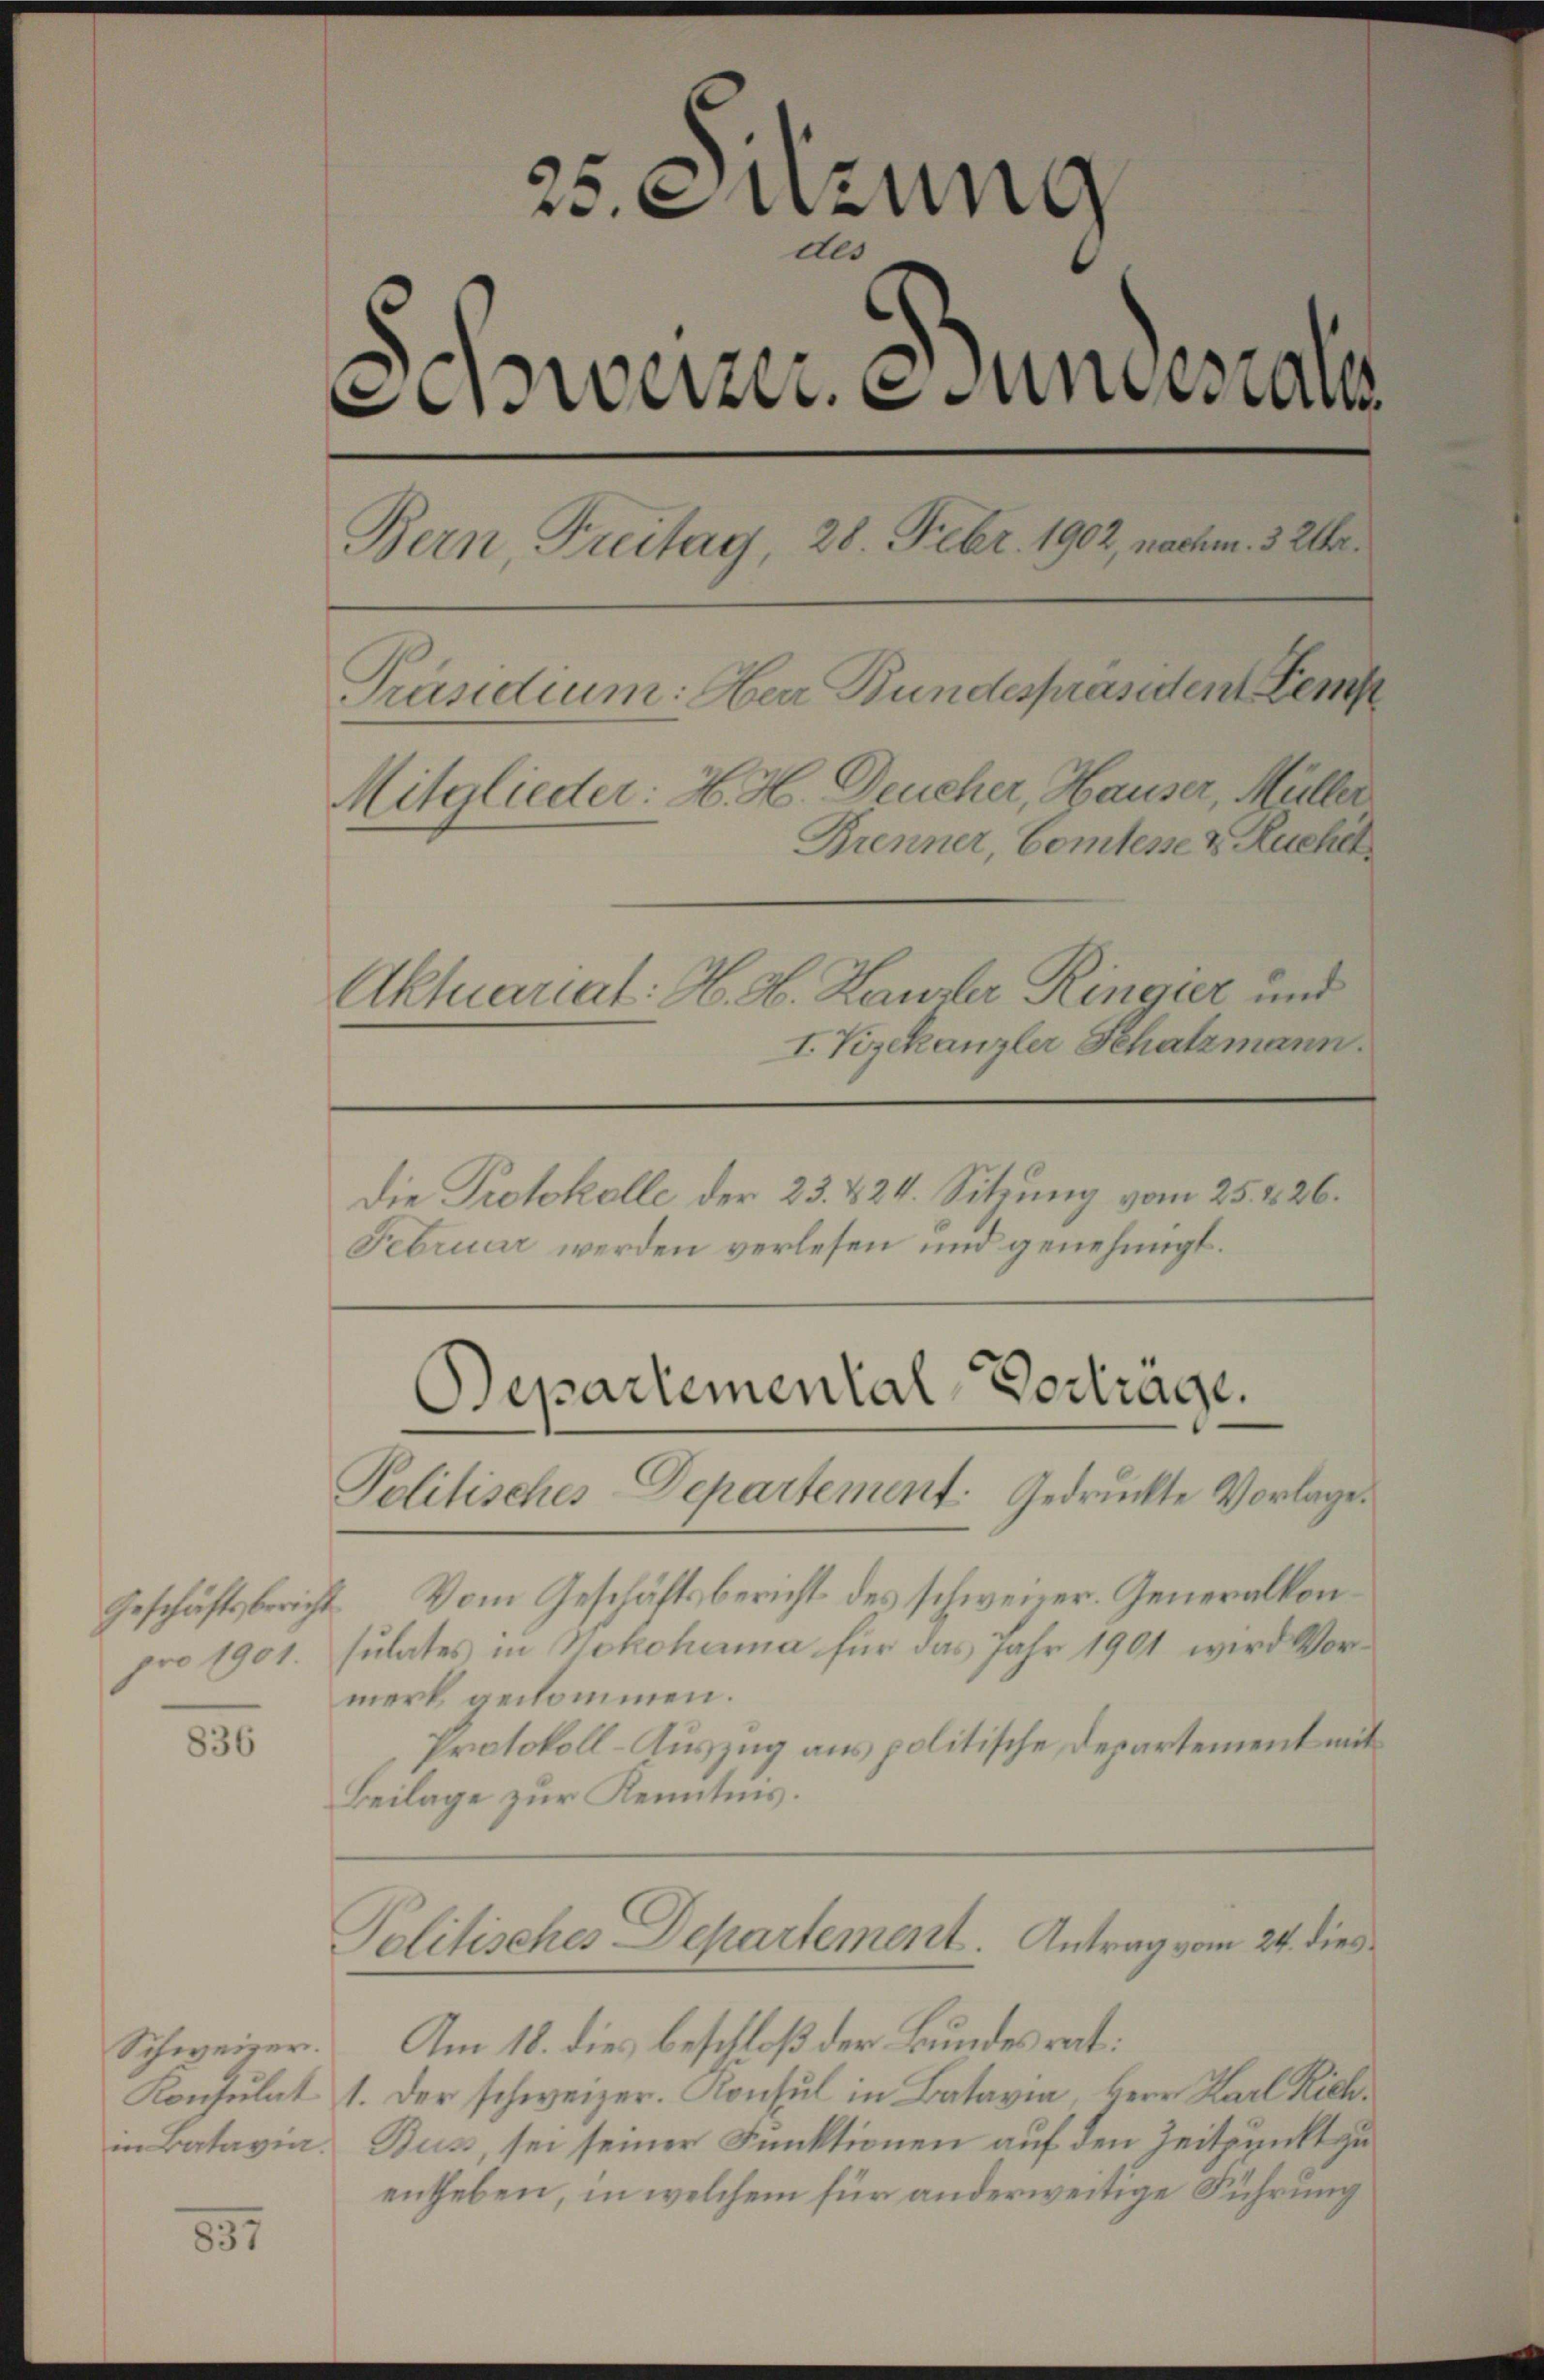
pro 1901.

836

Schweizer.
in Batavia.

851

25. Sitzung
des
weizer. Jungen al
Bern, Freitag, 28. Febr. 1902, nachm. 3 Uhr.
Präsidium: Herr Bundespräsident emp
Mitglieder: H. H. Deucher, Hauser, Müller
Brenner, Comtesse & Ruchet
Aktuariat: H. H. Hausler Ringier und
I. Vizekanzler Schatzmann.

Die Protokolle der 23. & 24. Sitzung vom 25. 426.
Februar werden verlesen und genehmigt.

Departemental-Vortrage.
Politisches Departement. Gedruckte Vorlage.

Geschäftsbericht. Vom Geschäftsbericht des schweizer. Generalkonsulates in Nokohama für das Jahr 1901 wird Vormerk gekommen.
Protokoll-Auszug aus politische Departement mit
Beilage zur Kenntnis.

Politisches Departement. Antrag vom 24. dies

Am 18. dies beschloß der Bundesrat:
Konsulat 1. Der schweizer. Konsul in Batavia, Herr Karl Rich¬
Bus, sei seiner Funktionen auf den Zeitpunkt zu
entheben, in welchem für anderweitige Führung